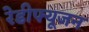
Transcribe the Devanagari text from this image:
रेडीफ्यूजन